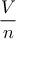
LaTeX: \frac { V } { n }